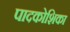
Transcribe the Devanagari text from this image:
पादकोशिका